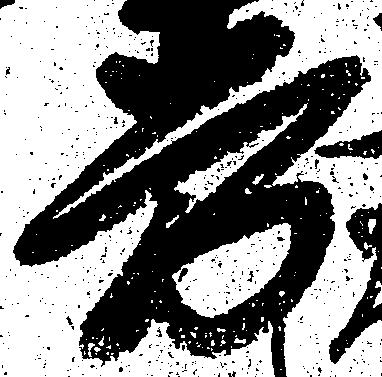
労